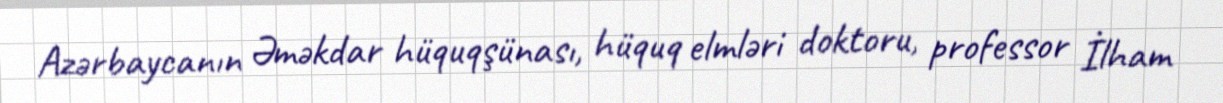
Azərbaycanın Əməkdar hüquqşünası, hüquq elmləri doktoru, professor İlham